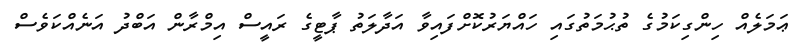
ޢަމަލެއް ހިންގިކަމުގެ ތުޙުމަތުގައި ހައްޔަރުކޮށްފައިވާ އަދާލަތު ޕާޓީގެ ރައީސް އިމްރާން އަބްދު އަނެއްކަވެސް